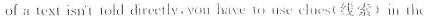
of a text isn't old drectly. You have to use eluest线索) in the